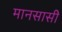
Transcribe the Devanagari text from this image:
मानसासी